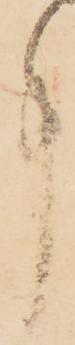
事